Report on the lunatic asylums under the Government of Bombay - 1904-1913
Year: 1904
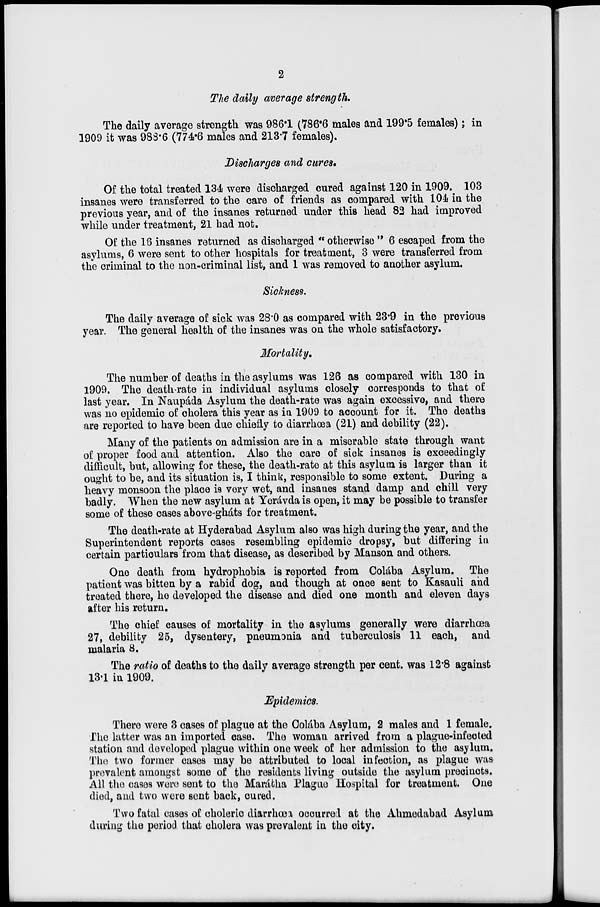
2
The daily average strength.
The daily average strength was 986.1 (786.6 males and 199.5 females); in
1909 it was 988.6 (774.6 males and 213.7 females).
Discharges and cures.
Of the total treated 134 were discharged cured against 120 in 1909. 103
insanes were transferred to the care of friends as compared with 104 in the
previous year, and of the insanes returned under this head 82 had improved
while under treatment, 21 had not.
Of the 16 insanes returned as discharged " otherwise " 6 escaped from the
asylums, 6 were sent to other hospitals for treatment, 3 were transferred from
the criminal to the non-criminal list, and 1 was removed to another asylum.
Sickness.
The daily average of sick was 28.0 as compared with 23.9 in the previous
year. The general health of the insanes was on the whole satisfactory.
Mortality.
The number of deaths in the asylums was 126 as compared with 130 in
1909. The death-rate in individual asylums closely corresponds to that of
last year. In Naupáda Asylum the death-rate was again excessive, and there
was no epidemic of cholera this year as in 1909 to account for it. The deaths
are reported to have been due chiefly to diarrhœa (21) and debility (22).
Many of the patients on admission are in a miserable state through want
of proper food and attention. Also the care of sick insanes is exceedingly
difficult, but, allowing for these, the death-rate at this asylum is larger than it
ought to be, and its situation is, I think, responsible to some extent. During a
heavy monsoon the place is very wet, and insanes stand damp and chill very
badly. When the new asylum at Yerávda is open, it may be possible to transfer
some of these cases above-gháts for treatment.
The death-rate at Hyderabad Asylum also was high during the year, and the
Superintendent reports cases resembling epidemic dropsy, but differing in
certain particulars from that disease, as described by Manson and others.
One death from hydrophobia is reported from Colába Asylum. The
patient was bitten by a rabid dog, and though at once sent to Kasauli and
treated there, he developed the disease and died one month and eleven days
after his return.
The chief causes of mortality in the asylums generally were diarrhœa
27, debility 25, dysentery, pneumonia and tuberculosis 11 each, and
malaria 8.
The ratio of deaths to the daily average strength per cent. was 12.8 against
13.1 in 1909.
Epidemics.
There were 3 cases of plague at the Colába Asylum, 2 males and 1 female.
The latter was an imported case. The woman arrived from a plague-infected
station and developed plague within one week of her admission to the asylum.
The two former cases may be attributed to local infection, as plague was
prevalent amongst some of the residents living outside the asylum precincts.
All the cases were sent to the Marátha Plague Hospital for treatment. One
died, and two were sent back, cured.
Two fatal cases of choleric diarrhœa occurred at the Ahmedabad Asylum
during the period that cholera was prevalent in the city.